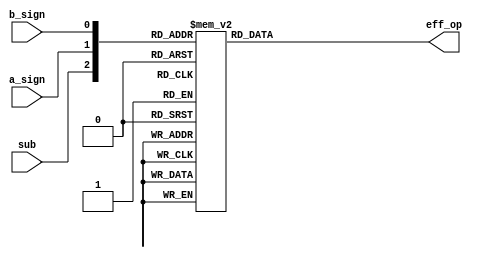
`timescale 1ns / 1ps
//////////////////////////////////////////////////////////////////////////////////
// Company: 	UPT	
// 
// Design Name: 
// Module Name:    effective_op 
// Project Name: 
// Target Devices: 
// Tool versions: 
// Description: Compute effective operation 
//
// Dependencies: 	
//
// Revision: 
// Revision 0.01 - File Created
// Additional Comments: 
//
//////////////////////////////////////////////////////////////////////////////////
module effective_op(	input a_sign,
						input b_sign,
						input sub,
						output reg eff_op);
	
	always
		@(*)
	begin
		case ({sub,a_sign, b_sign})
			3'b000:	eff_op = 0;
			3'b001:	eff_op = 1;
			3'b010:	eff_op = 1;
			3'b011:	eff_op = 0;
			3'b100:	eff_op = 1;
			3'b101:	eff_op = 0;
			3'b110:	eff_op = 0;
			3'b111:	eff_op = 1;
		endcase
	end
endmodule